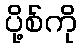
ပို့စ်ကို